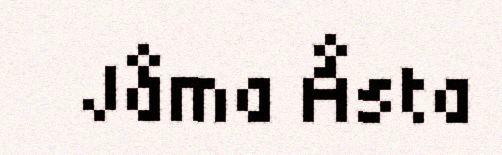
Jåma Åsta